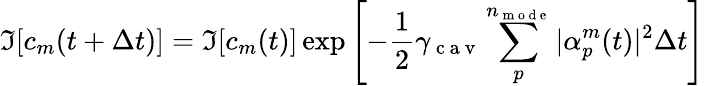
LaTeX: \Im[c_{m}(t+\Delta t)]=\Im[c_{m}(t)]\exp\left[-\frac{1}{2}\gamma_{\mathrm{~c~a~v~}}\sum_{p}^{n_{\mathrm{~m~o~d~e~}}}|\alpha_{p}^{m}(t)|^{2}\Delta t\right]